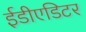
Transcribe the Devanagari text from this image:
ईडीएडिटर